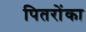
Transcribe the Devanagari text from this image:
पितरोंका